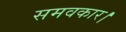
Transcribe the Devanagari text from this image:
समवकार।